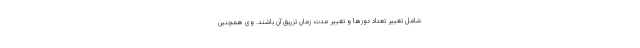
شامل تغییر تعداد دوزها و تغییر مدت زمان تزریق آن باشند. وی همچنین